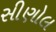
સીણોલ